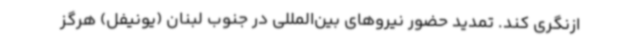
ازنگری کند. تمدید حضور نیروهای بین‌المللی در جنوب لبنان (یونیفل) هرگز